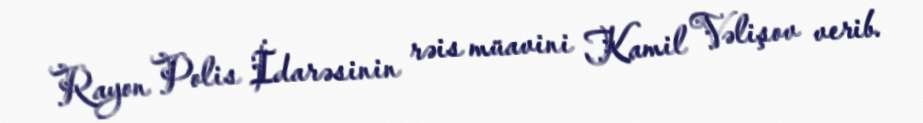
Rayon Polis İdarəsinin rəis müavini Kamil Vəlişov verib.